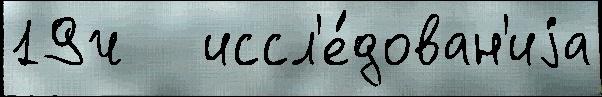
19ч   иссл'е́дован'иjа